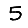
Digit: 5